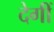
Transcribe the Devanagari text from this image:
देगीं